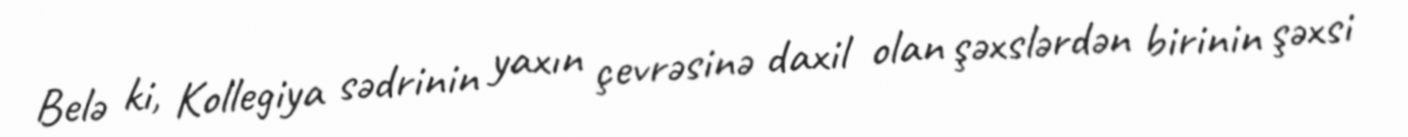
Belə ki, Kollegiya sədrinin yaxın çevrəsinə daxil olan şəxslərdən birinin şəxsi